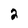
Character: 2